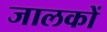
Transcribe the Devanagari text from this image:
जालकों